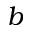
b